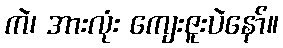
ကဲ၊ အားလုံး ကျေးဇူးပဲနော်။